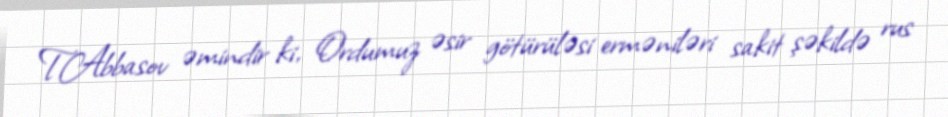
T.Abbasov əmindir ki, Ordumuz əsir götürüləsi erməniləri sakit şəkildə rus